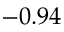
- 0 . 9 4